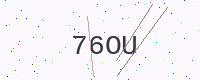
Text: 76OU